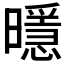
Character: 𭨄